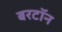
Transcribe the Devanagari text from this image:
बरटॉन